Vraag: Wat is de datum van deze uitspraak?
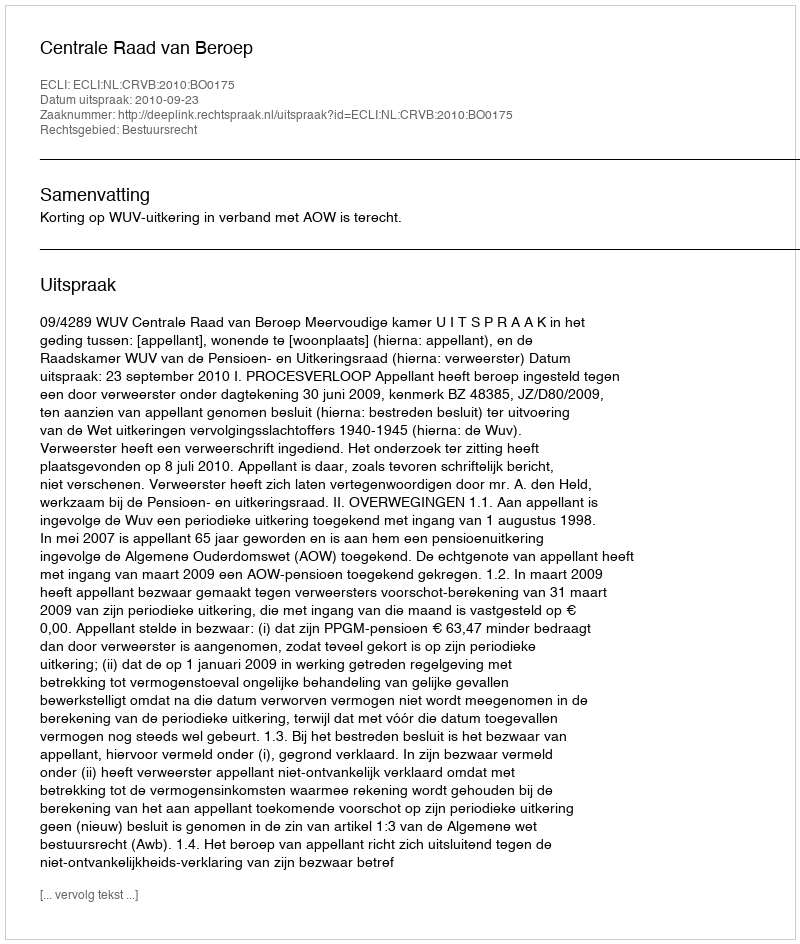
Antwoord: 2010-09-23